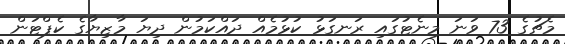
މެޗުގެ 73 ވަނަ މިނެޓުގައި ރަނގަޅު ކުޅުމެއް ދައްކަމުން ދިޔަ މާޒިޔާގެ ކެޕްޓަން